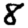
Digit: 8